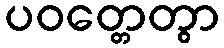
ပဝတ္တေတွာ